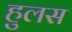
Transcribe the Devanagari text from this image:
हुलस